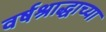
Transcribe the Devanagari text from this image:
वर्षश्राद्धाच्या